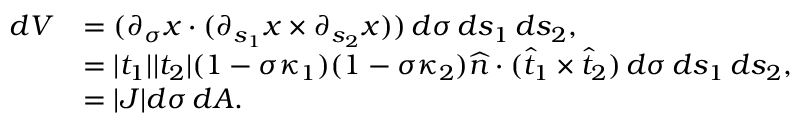
\begin{array} { r l } { d V } & { = ( \partial _ { \sigma } x \cdot ( \partial _ { s _ { 1 } } x \times \partial _ { s _ { 2 } } x ) ) \, d \sigma \, d s _ { 1 } \, d s _ { 2 } , } \\ & { = | t _ { 1 } | | t _ { 2 } | ( 1 - \sigma \kappa _ { 1 } ) ( 1 - \sigma \kappa _ { 2 } ) \widehat { n } \cdot ( \widehat { t } _ { 1 } \times \widehat { t } _ { 2 } ) \, d \sigma \, d s _ { 1 } \, d s _ { 2 } , } \\ & { = | J | d \sigma \, d A . } \end{array}